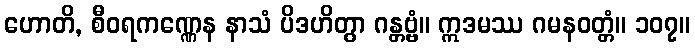
ဟောတိ, စီဝရကဏ္ဏေန နာသံ ပိဒဟိတွာ ဂန္တဗ္ဗံ။ ဣဒမဿ ဂမနဝတ္တံ။ ၁၀၇။